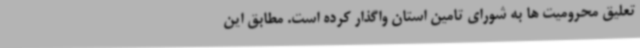
تعلیق محرومیت ها به شورای تامین استان واگذار کرده است. مطابق این